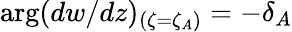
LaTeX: \arg(dw/dz)_{(\zeta=\zeta_{A})}=-\delta_{A}